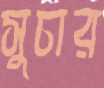
সুচার